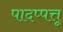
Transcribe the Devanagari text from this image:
पादप्पत्तू